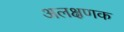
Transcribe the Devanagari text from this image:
अलक्षणक